Leaving Certificate Examination, 1913
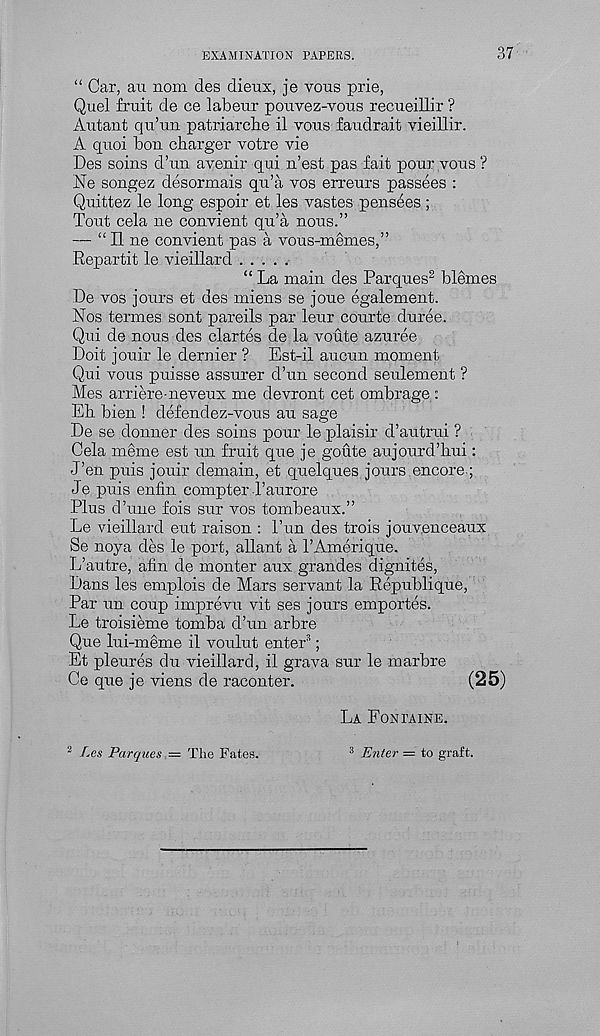
EXAMINATION PAPERS.
37
“ Car, au nom des dieux, je vous prie,
Quel fruit de ce labeur pouvez-vous recueillir ?
Autant qu’un patriarcbe il vous faudrait vieillir.
A quoi bon charger votre vie
Des soins d’un avenir qui n’est pas fait pour vous ?
Ne songez desormais qu’a vos erreurs passees :
Quittez le long espoir et les vastes pens^es;
Tout cela ne convient qu’a nous.”
— “ II ne convient pas a vous-memes,”
Repartit le vieillard
“ La main des Parques 2 blemes
De vos jours et des miens se joue egalement.
Nos termes sont pareils par leur courte duree.
Qui de nous des clartes de la voute azuree
Doit jouir le dernier ? Est-il aucun moment
Qui vous puisse assurer d’un second seulement ?
Mes arriere-neveux me devront cet ombrage :
Eh bien ! defendez-vous au sage
De se donner des soins pour le plaisir d’autrui ?
Cela meme est un fruit que je goute aujourd’hui:
J’en puis jouir domain, et quelques jours encore ;
Je puis enfin compter I’aurore
Plus d’une fois sur vos tombeaux.”
Le vieillard eut raison : Pun des trois jouvenceaux
Se noya des le port, allant a PAmerique.
L’autre, afin de monter aux grandes dignites,
Dans les emplois de Mars servant la Republique,
Par un coup imprevu vit ses jours emportes.
Le troisieme tomba d’un arbre
Que lui-meme il voulut enter 3 ;
Et pleures du vieillard, il grava sur le marbre
Ce que je viens de raconter.
(25)
La Fontaine.
Les Parques — The Fates.
3 Enter — to graft.